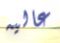
عاليه